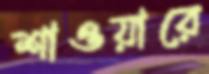
শাওয়ারে